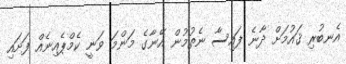
އެނބުރި ޤައުމަށް ދާނެ ފައިސާ ނެތުމުން އޭނާގެ މަންމަ ވަނީ ކެމްޕެއިނެއް ފަށައި